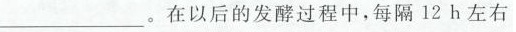
___在以后的发酵过程中，每隔12 h左右